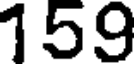
159